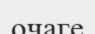
очаге